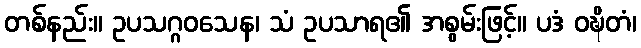
တစ်နည်း။ ဥပသဂ္ဂဝသေန၊ သံ ဥပသာရ၏ အစွမ်းဖြင့်။ ပဒံ ဝဍ္ဎိတံ၊